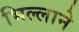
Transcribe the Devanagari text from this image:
भिल्लाने